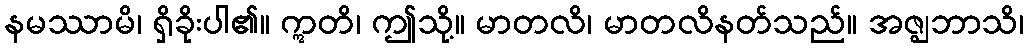
နမဿာမိ၊ ရှိခိုးပါ၏။ ဣတိ၊ ဤသို့။ မာတလိ၊ မာတလိနတ်သည်။ အဇ္ဈဘာသိ၊